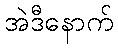
အဲဒီနောက်